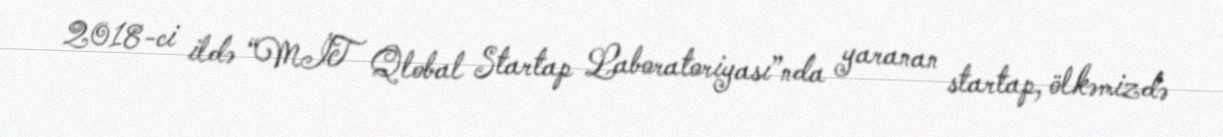
2018-ci ildə “MİT Qlobal Startap Laboratoriyası”nda yaranan startap, ölkəmizdə